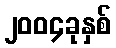
၂၀၀၄ခုနှစ်